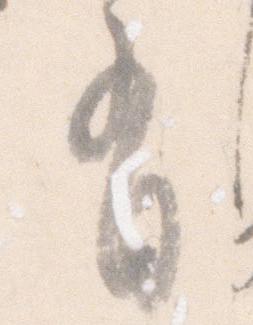
有